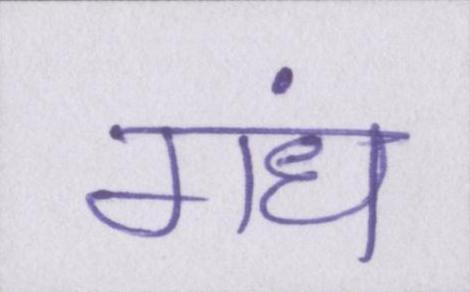
गंध